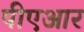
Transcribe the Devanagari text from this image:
पीएआर